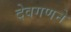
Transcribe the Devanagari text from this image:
देवगणने